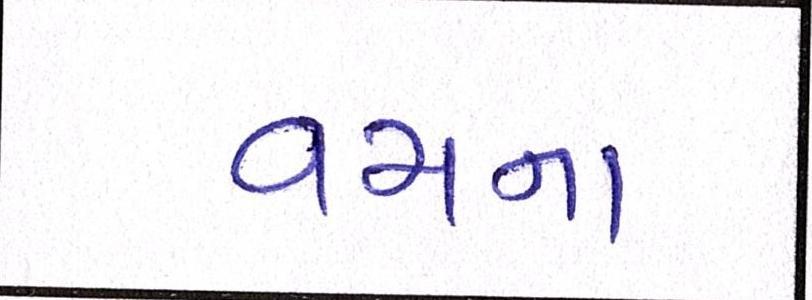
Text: વયના